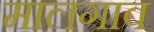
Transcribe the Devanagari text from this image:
मालगाव